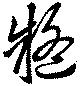
疑